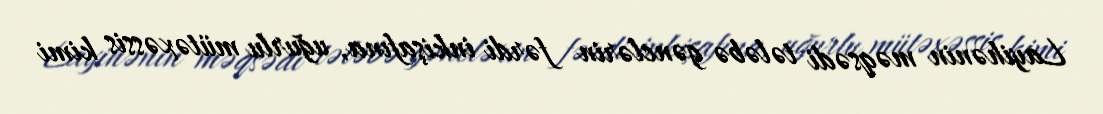
Layihənin məqsədi tələbə gənclərin fərdi inkişafına, uğurlu mütəxəssis kimi